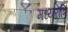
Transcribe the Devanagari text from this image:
मध्‍यरात्रि